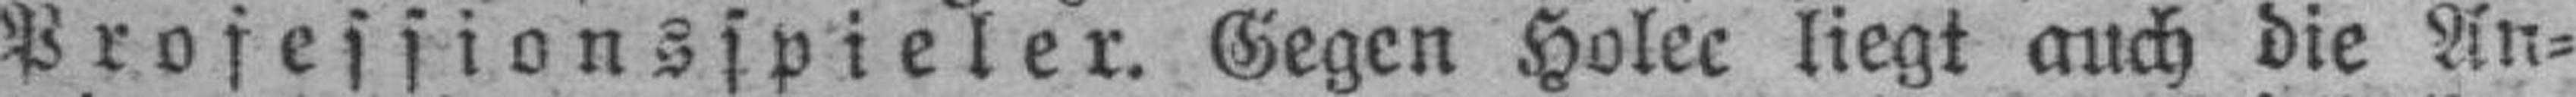
Prosessionsspieler. Gegen Holec liegt auch die An¬